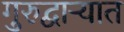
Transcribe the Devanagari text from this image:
गुरुद्वाऱ्यात